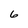
Character: 6